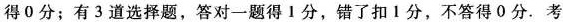
得0分；有3道选择题，答对一题得1分，错了扣1分，不答得0分.考